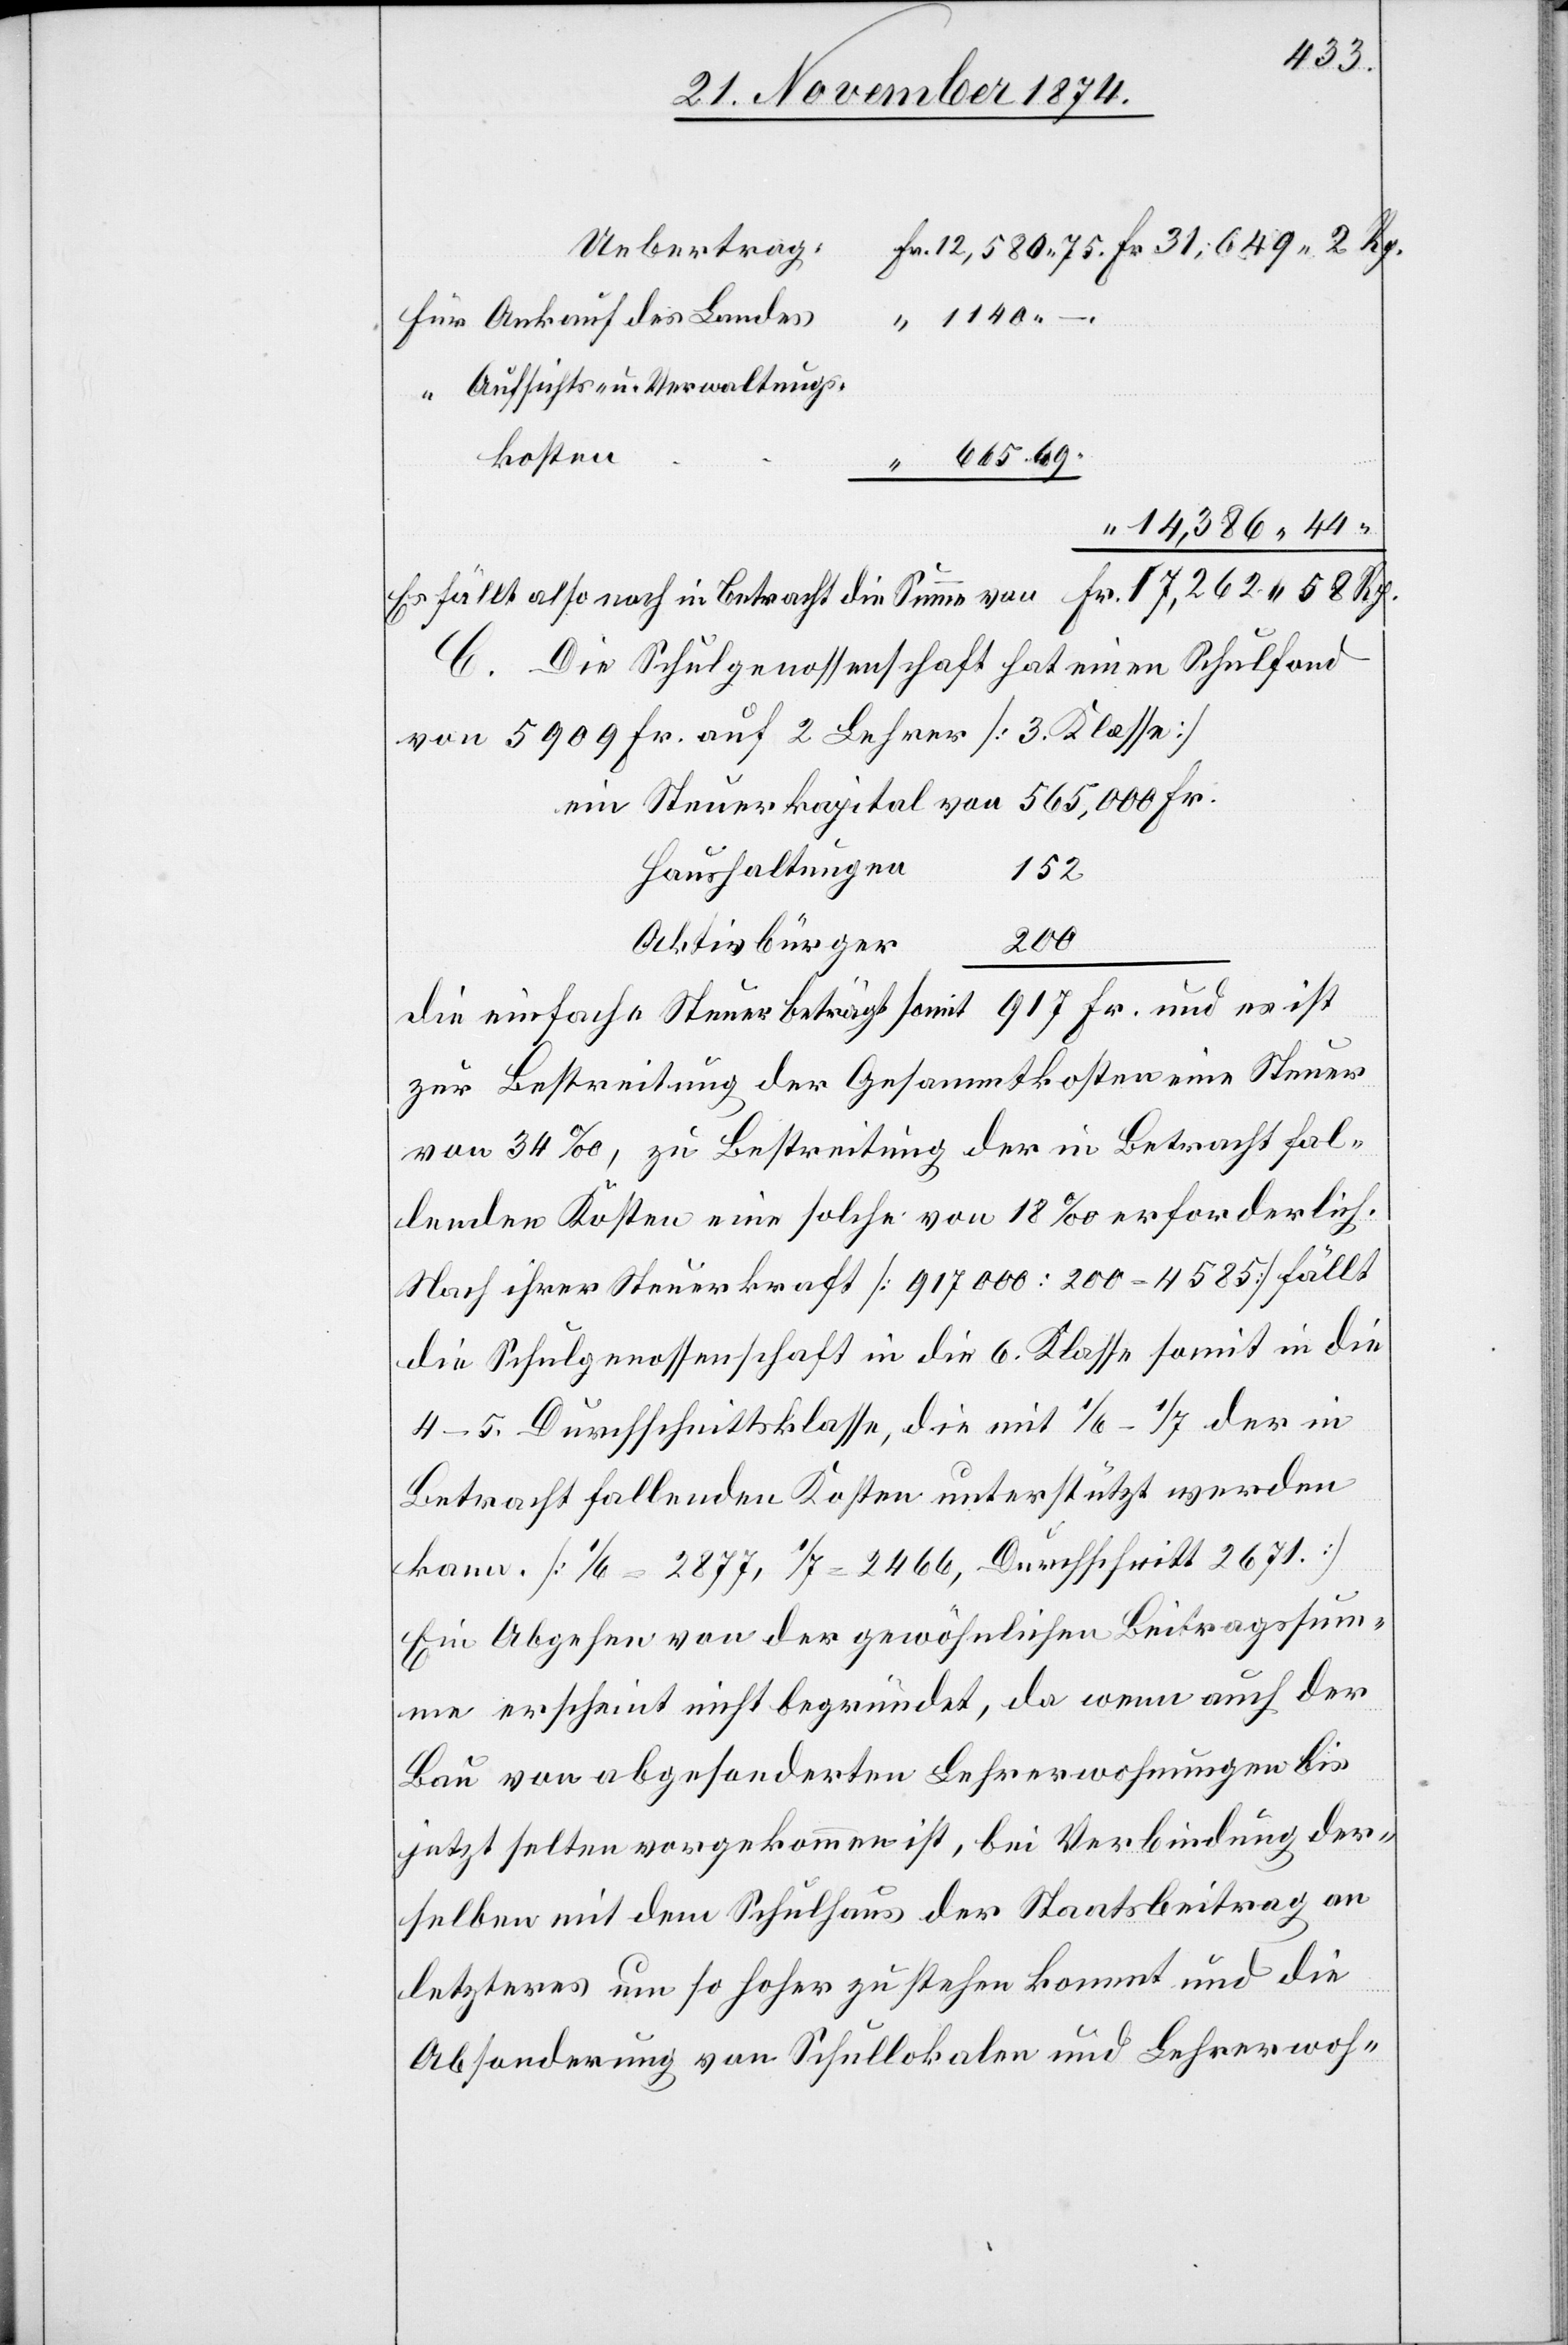
Uebertrag
1140.–
Aufsichts- u. Verwaltungs¬
kosten
665.69.
C. Die Schulgenossenschaft hat einen Schulfond
von 5900 Fr. auf 2 Lehrer [3. Klasse]
ein Steuerkapital von 565,000 Fr.
Haushaltungen
152
Rp.
200
Aktivbürger
und die
die einfache Steuer beträgt somit 917 Fr. und es ist
zur Bestreitung der Gesammtkosten eine Steuer
von 34‰, zu Bestreitung der in Betracht fal¬
lenden Kosten eine solche von 18‰ erforderlich.
Nach ihrer Steuerkraft [917000:200 = 4585] fällt
die Schulgenossenschaft in die 6. Klasse somit in die
4–5. Durchschnittsklasse, die mit 1/6–1/7 der in
Betracht fallenden Kosten unterstützt werden
kann. [1/6 = 2877, 1/7 = 2466, Durchschnitt 2671.]
Ein Abgehen von der gewöhnlichen Beitragssum¬
me erscheint nicht begründet, da wenn auch der
Bau von abgesonderten Lehrerwohnungen bis
jetzt selten vorgekommen ist, bei Verbindung der¬
selben mit dem Schulhaus der Staatsbeitrag an
Absonderung von Schullokalen und Lehrerwoh-